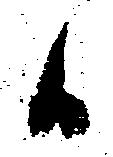
日